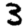
Digit: 3